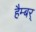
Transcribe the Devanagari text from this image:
हैम्बर्